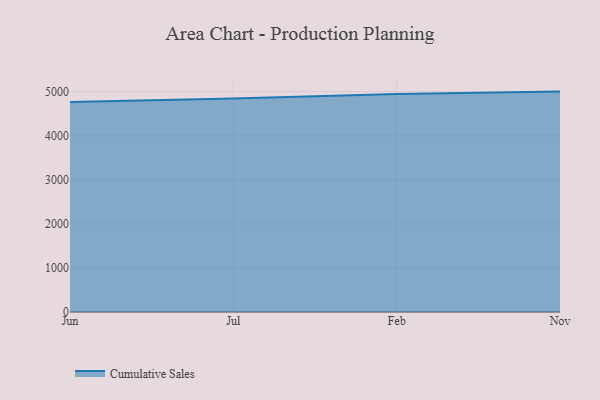
{"axis": {"x": "Month", "y": "Backlog"}, "legend": ["Cumulative Sales"], "data": [{"x": "Jun", "y": 4766.6, "type": "Cumulative Sales"}, {"x": "Jul", "y": 4843.1, "type": "Cumulative Sales"}, {"x": "Feb", "y": 4945.1, "type": "Cumulative Sales"}, {"x": "Nov", "y": 5000, "type": "Cumulative Sales"}]}